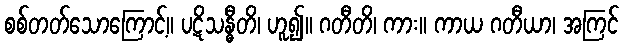
စစ်တတ်သောကြောင့်။ ပဋိသန္ဓီတိ၊ ဟူ၍။ ဂတီတိ၊ ကား။ ကာယ ဂတီယာ၊ အကြင်